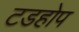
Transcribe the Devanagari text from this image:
टडहोप